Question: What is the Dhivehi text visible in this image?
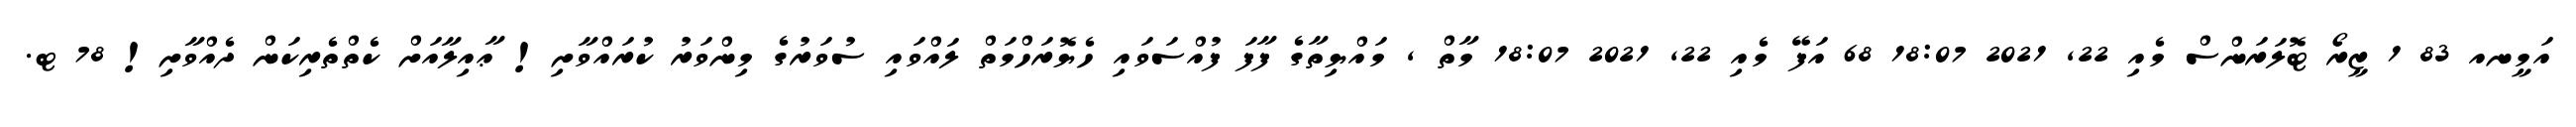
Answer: އަމީނއ 83 1 ޒީރޯ ޓޮލަރަންސް މެއި 22, 2021 18:07 68 އަފޭ މެއި 22, 2021 18:07 މާތް , މައްޔިތާގެ ފާފަ ފުއްސަވައި ހެޔޮރަހްމަތް ލައްވައި ސުވަރުގެ މިންވަރު ކުރައްވާށި! ޢާއިލާއަށް ކެތްތެރިކަން ދެއްވާށި! 78 ޓ.